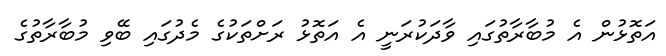
އަތޮޅުން އެ މުބާރާތުގައި ވާދަކުރަނީ އެ އަތޮޅު ރަށްތަކުގެ މެދުގައި ބޭވި މުބާރާތުގެ